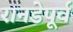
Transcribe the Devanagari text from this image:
रानडेपूर्व